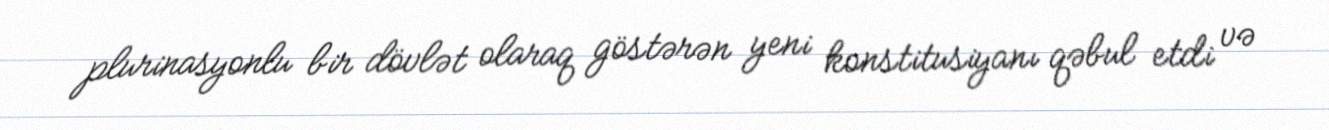
plurinasyonlu bir dövlət olaraq göstərən yeni konstitusiyanı qəbul etdi və